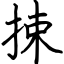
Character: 捒